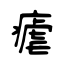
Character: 瘧